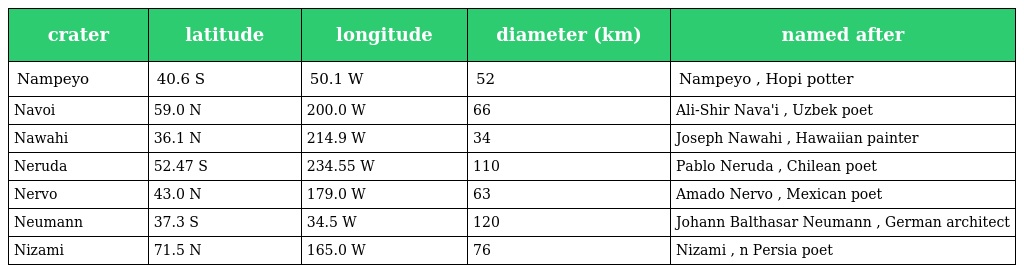
| crater | latitude | longitude | diameter (km) | named after |
 | --- | --- | --- | --- | --- |
 | Nampeyo | 40.6 S | 50.1 W | 52 | Nampeyo , Hopi potter |
 | Navoi | 59.0 N | 200.0 W | 66 | Ali-Shir Nava'i , Uzbek poet |
 | Nawahi | 36.1 N | 214.9 W | 34 | Joseph Nawahi , Hawaiian painter |
 | Neruda | 52.47 S | 234.55 W | 110 | Pablo Neruda , Chilean poet |
 | Nervo | 43.0 N | 179.0 W | 63 | Amado Nervo , Mexican poet |
 | Neumann | 37.3 S | 34.5 W | 120 | Johann Balthasar Neumann , German architect |
 | Nizami | 71.5 N | 165.0 W | 76 | Nizami , n Persia poet |